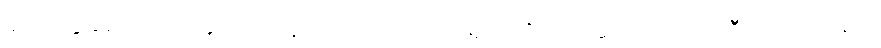
ရုပ်တွေချည်းပဲ၊ အခုပြောနေတဲ့ တောင့်တင်းရုပ် ထိုင်ရုပ်ဆိုတာက အဲဒီ အကြောရုပ်